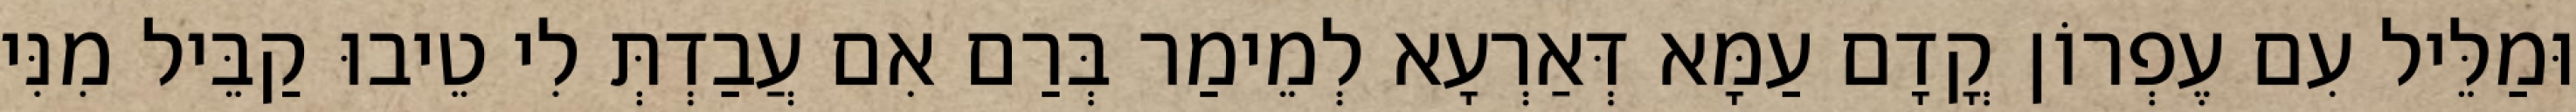
וּמַלֵּיל עִם עֶפְרוֹן קֳדָם עַמָּא דְּאַרְעָא לְמֵימַר בְּרַם אִם עֲבַדְתְּ לִי טֵיבוּ קַבֵּיל מִנִּי